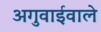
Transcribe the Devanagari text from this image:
अगुवाईवाले